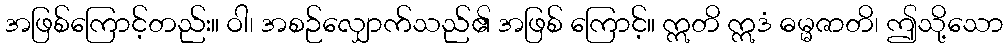
အဖြစ်ကြောင့်တည်း။ ဝါ၊ အစဉ်လျှောက်သည်၏ အဖြစ် ကြောင့်။ ဣတိ ဣဒံ ဓမ္မဇာတိ၊ ဤသို့သော